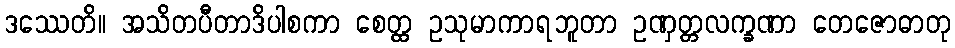
ဒဿေတိ။ အသိတပီတာဒိပါစကာ စေတ္ထ ဥသုမာကာရဘူတာ ဥဏှတ္တလက္ခဏာ တေဇောဓာတု